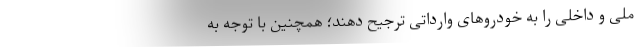
ملی و داخلی را به خودروهای وارداتی ترجیح دهند؛ همچنین با توجه به